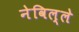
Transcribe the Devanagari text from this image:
नेविल्ले